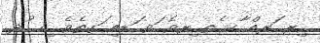
ިރ ަރއް ާކ ެތ ިރވެ ަވ ަޑއި ަގތެވެ. ިޚ ުދ